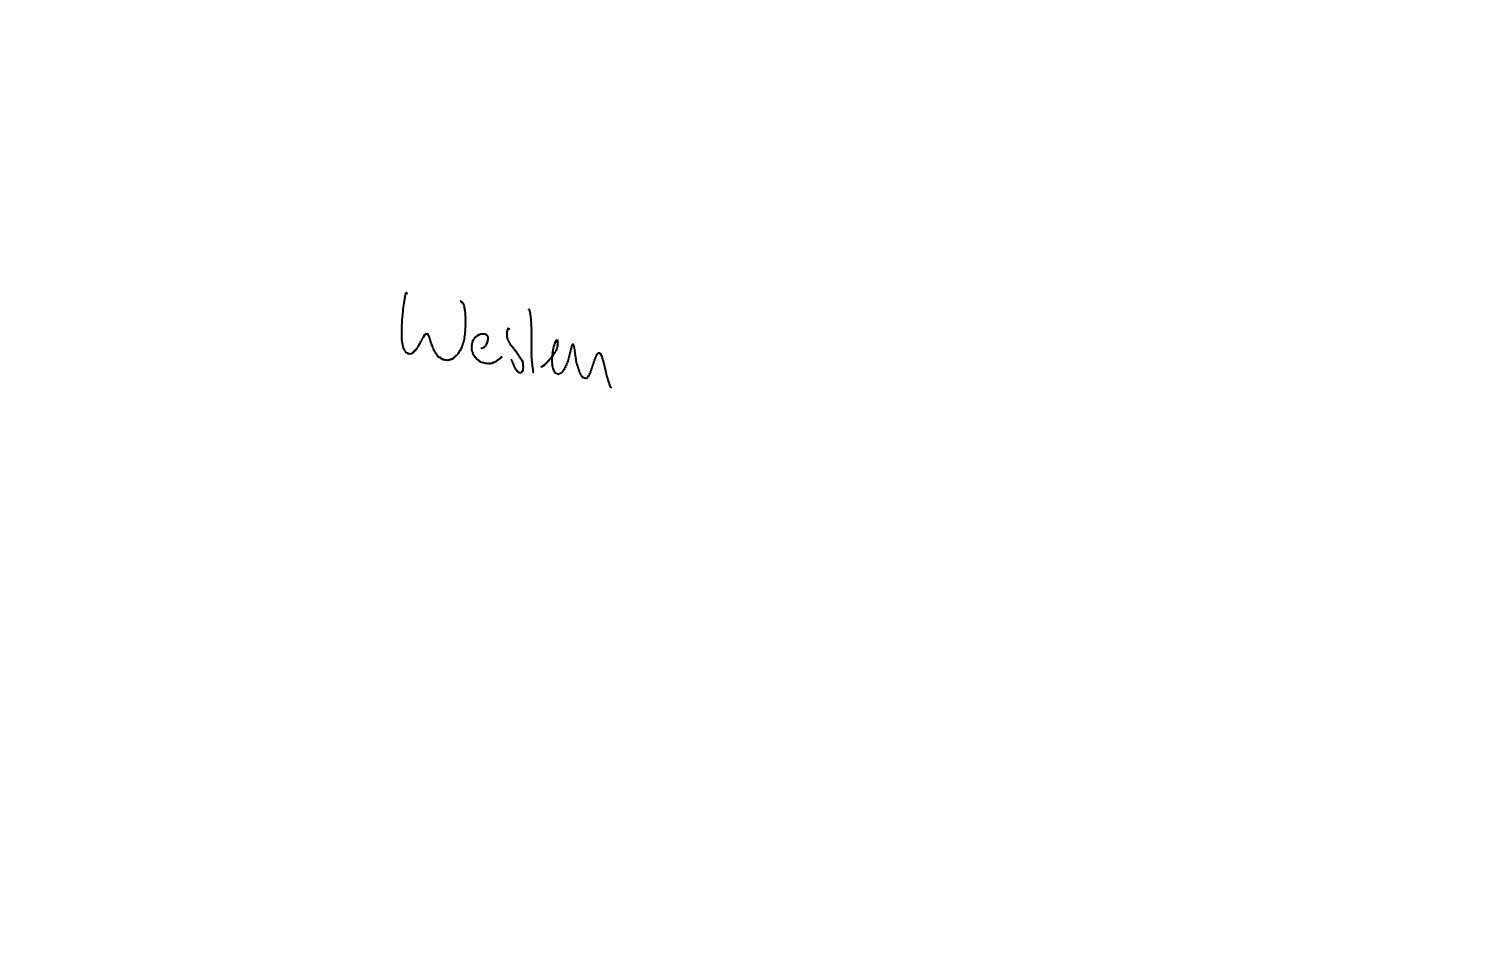
Text: Westen